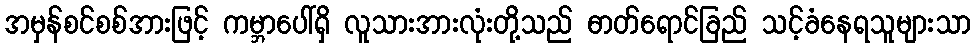
အမှန်စင်စစ်အားဖြင့် ကမ္ဘာပေါ်ရှိ လူသားအားလုံးတို့သည် ဓာတ်ရောင်ခြည် သင့်ခံနေရသူများသာ